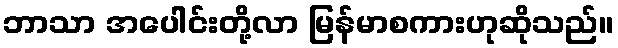
ဘာသာ အပေါင်းတို့လာ မြန်မာစကားဟုဆိုသည်။